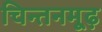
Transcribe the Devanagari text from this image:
चिन्तनमूढ़